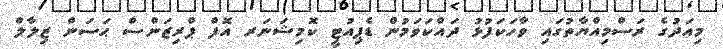
މިއަދުގެ ރަސްމިއްޔާތުގައި ވާހަކަފުޅު ދައްކަވަމުން ޑެޕިއުޓީ ކޮމިޝަނަރ އޮފް ޕްރިޒަންސް ޙަސަން ޒިލާލް